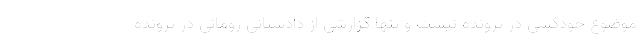
موضوع خودکشی در پرونده نیست و تنها گزارشی از دادستانی رومانی در پرونده